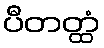
ပီတတ္ထံ